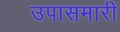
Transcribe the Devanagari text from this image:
उपासमारी